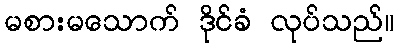
မစားမသောက် ဒိုင်ခံ လုပ်သည်။